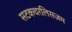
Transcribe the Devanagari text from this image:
सटकचरलिसज़म